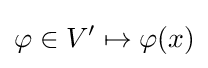
\varphi \in V'\mapsto \varphi (x)